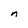
Character: n